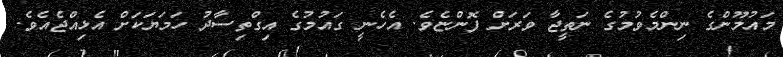
މައުމޫންގެ ނިންމެވުމުގެ ނަތީޖާ ވަރަށް ފޮންޏެވެ. އެހެނީ ގައުމުގެ އިގްތިސާދު ހަމަޔަކަށް އެޅިއްޖެއެވެ.